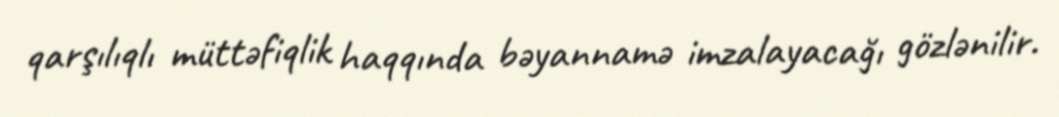
qarşılıqlı müttəfiqlik haqqında bəyannamə imzalayacağı gözlənilir.